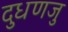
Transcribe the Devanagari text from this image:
दुधणजु